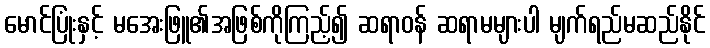
မောင်ပြုံးနှင့် မအေးဖြူ၏အဖြစ်ကိုကြည့်၍ ဆရာဝန် ဆရာမများပါ မျက်ရည်မဆည်နိုင်